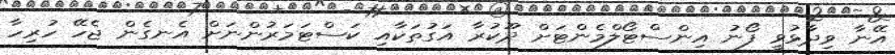
އޭނާ ވިދާޅުވީ ފޯނު އިންސްޓޯލްމެންޓަށް ދޫކުރާ އަގުތަކާއި ކަސްޓަމަރުންނަށް އެނގެން ޖެހޭ ހުރިހާ